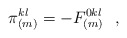
\begin{align*}\pi _{(m)}^{kl} =- F^{0kl}_{(m)}\,\,\,\, , \end{align*}